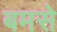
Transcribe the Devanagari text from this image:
बमसे